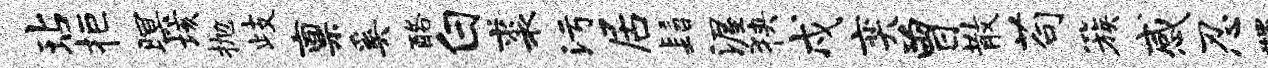
玷拒暝垓抛歧禀奚酪白裘污居髫渥狭戍奕曾散苟簇感忍蠲